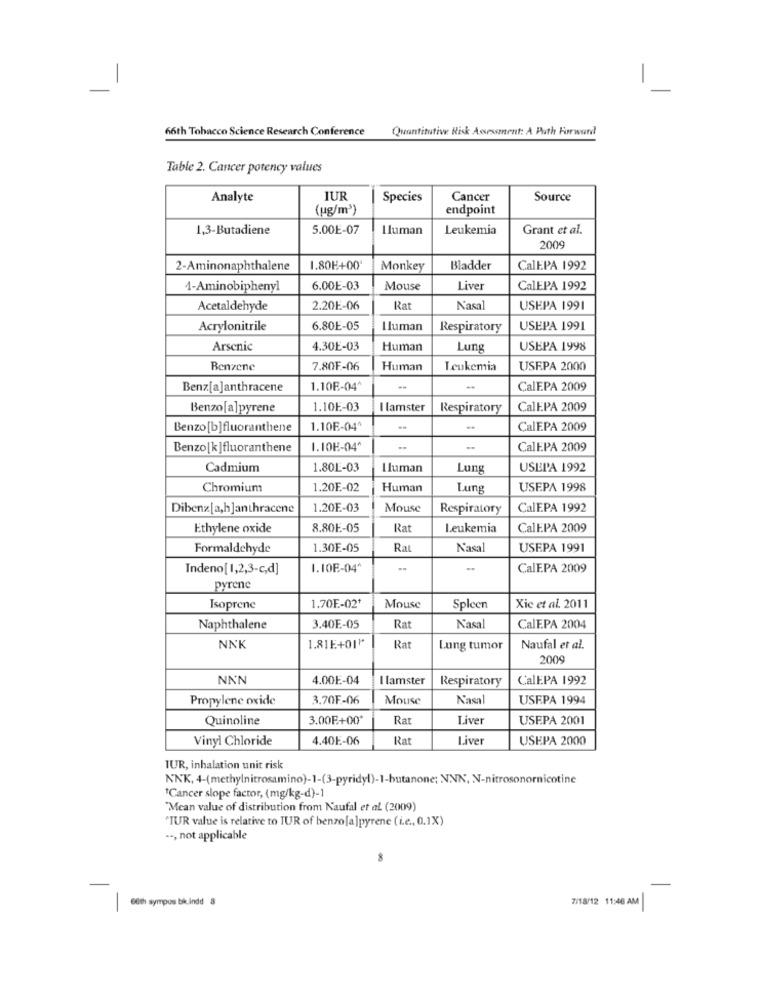
-
66th Tobacco Science Research Conference
Quantitative Risk Assessment: A Path Forward
Table 2. Cancer potency values
Analyte
IUR
Species
Cancer
Source
(ug/m')
endpoint
1,3-Butadiene
5.00E-07
I luman
Leukemia
Grant et al.
2009
2-Aminonaphthalene
1.80E+00
Monkey
Bladder
CalEPA 1992
1-Aminobiphenyl
6.00E-03
Mouse
Liver
CalEPA 1992
Acetaldehyde
2.20E-06
Rat
N'asal
USEPA 1991
Acrylonitrile
6.80E-05
Lluman
Respiratory
USEPA 1991
Arsenic
4.30E-03
Human
Lung
USEPA 1998
Benzene
7.80F-06
Human
Leukemia
USEPA 2000
Benz[a]anthracene
1.10E-04+
..
CalEPA 2009
Benzo[a]pyrene
1.10E-03
I lamster
Respiratory
CalEPA 2009
Benzo [b]fluoranthene
1.10E-04^
CalEPA 2009
Benzo[k]fluoranthene
1.10E-04'
CalEPA 2009
Cadmium
1.80E-03
Lluman
Lung
USEPA 1992
Chromium
1.20E-02
Human
Lung
USEPA 1998
Dibenz [a,h]anthracene
1.20E-03
Mouse
Respiratory
CalEPA 1992
Ethylene oxide
8.80E-05
Rat
Leukemia
CalEPA 2009
Formaldehyde
1.30E-05
Rat
Nasal
USEPA 1991
Indeno[1,2,3-c,d]
1.10E-04^
CalE.PA 2009
pyrene
Isoprene
1.70E-02+
Mouse
Spleen
Xic et al. 2011
Naphthalene
3.40E-05
Rat
Nasal
CalE.PA 2004
NNK
1.81E+011
Rat
Lung tumor
Naufal et al.
2009
NNN
4.00E-04
I lamster
Respiratory
CalEPA 1992
Propylene oxide
3,70F-06
Mouse
Nasal
USEPA 1994
Quinoline
3.00E+00
Rat
Liver
USEPA 2001
Vinyl Chloride
4.40E-06
Rat
Liver
USEPA 2000
TUR, inhalation unit risk
NNK, 4-(methylnitrosamino)-1-(3-pyridyl)-1-butanone; NNN, N-nitrosonornicotine
"Cancer slope factor, (mg/kg-d)-1
"Mean value of distribution from Naufal et al. (2009)
"TUR value is relative to TUR of benzo[a]pyrene (i.e ., 0.1X)
--, not applicable
7/18/12 11:46 AM
60th sympos bik indd 8
-